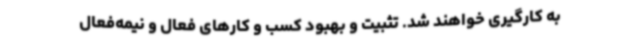
به کارگیری خواهند شد. تثبیت و بهبود کسب و کارهای فعال و نیمه‌فعال